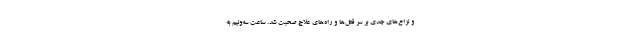
و نزاع‌هاى جدى بر سر قتل‌ها و راه‌هاى علاج صحبت شد. ساعت سه‌ونیم به